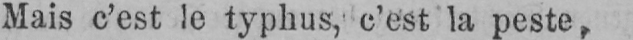
Mais c’est le typhus, c’est la peste,